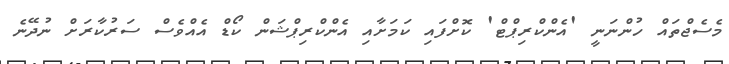
މެސެޖްތައް ހުންނަނީ 'އެންކްރިޕްޓް' ކޮށްފައި ކަމަށާއި އެންކްރިޕްޝަން ކޯޑް އެއްވެސް ސަރުކާރަށް ނުދޭނެ